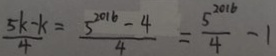
\frac { 5 k - k } { 4 } = \frac { 5 ^ { 2 0 1 6 } - 4 } { 4 } = \frac { 5 ^ { 2 0 1 6 } } { 4 } - 1